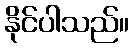
နိုင်ပါသည်။